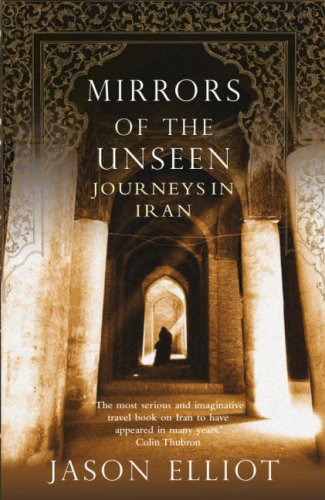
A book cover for MIRRORS OF THE UNSEEN: JOURNEYS IN IRAN; JASON ELLIOT; Travel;